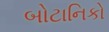
બોટાનિકો